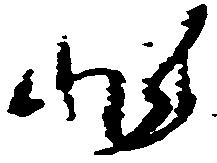
非